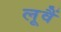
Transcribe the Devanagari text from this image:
लूवैं